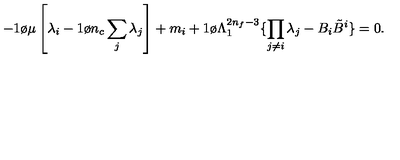
- { 1 \o \mu } \left[ \lambda _ { i } - { 1 \o n _ { c } } \sum _ { j } \lambda _ { j } \right] + m _ { i } + { 1 \o \Lambda _ { 1 } ^ { 2 n _ { f } - 3 } } \{ \prod _ { j \ne i } \lambda _ { j } - B _ { i } { \tilde { B } } ^ { i } \} = 0 .